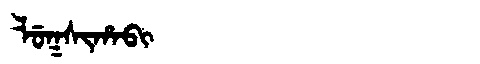
Manchu: ᠯᡠᡴᠰᡳᡥᠠᠪᡳ
Romanization: LUKSIHABI